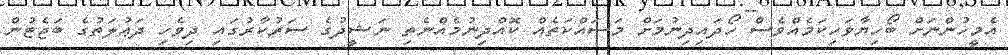
އެމީހުންނަށް ބޯހިޔާވަހިކަމެއްވެސް ހޯދައިދިނުމަށް މަސައްކަތެއް ކޮއްދިނުމެއްނެތި ނަޝީދުގެ ސަރުކާރުގައި ދިވެހި ދަޢުލަތުގެ ބަޖެޓުން